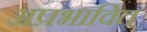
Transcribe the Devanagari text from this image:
अप्रभावित